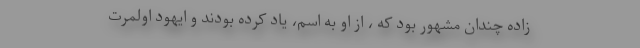
زاده چندان مشهور بود که ، از او به اسم، یاد کرده بودند و ایهود اولمرت